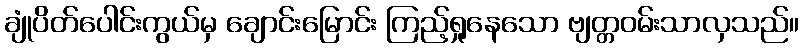
ချုံပိတ်ပေါင်းကွယ်မှ ချောင်းမြောင်း ကြည့်ရှုနေသော ဗျတ္တဝမ်းသာလှသည်။